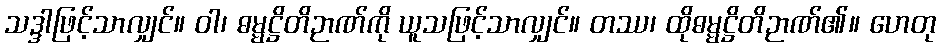
သဒ္ဒါဖြင့်သာလျှင်။ ဝါ၊ ဓမ္မဋ္ဌိတိဉာဏ်ကို ယူသဖြင့်သာလျှင်။ တဿ၊ ထိုဓမ္မဋ္ဌိတိဉာဏ်၏။ ဟေတု